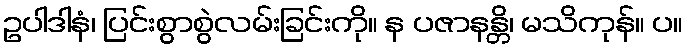
ဥပါဒါနံ၊ ပြင်းစွာစွဲလမ်းခြင်းကို။ န ပဇာနန္တိ၊ မသိကုန်။ ပ။